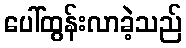
ပေါ်ထွန်းလာခဲ့သည်